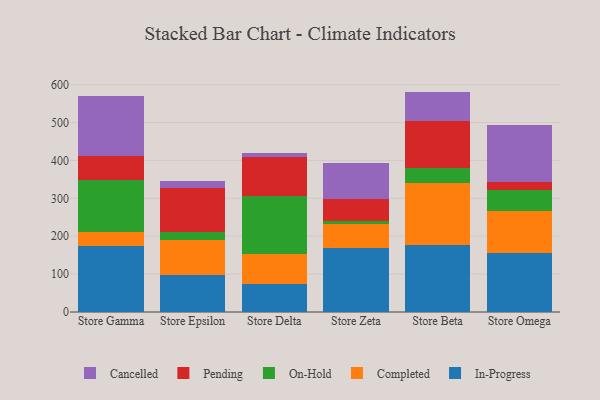
{"axis": {"x": "Store", "y": "Market Share (%)"}, "legend": ["Cancelled", "Completed", "In-Progress", "On-Hold", "Pending"], "data": [{"x": "Store Gamma", "y": 174.1, "type": "In-Progress"}, {"x": "Store Gamma", "y": 36.9, "type": "Completed"}, {"x": "Store Gamma", "y": 138.0, "type": "On-Hold"}, {"x": "Store Gamma", "y": 61.6, "type": "Pending"}, {"x": "Store Gamma", "y": 160.3, "type": "Cancelled"}, {"x": "Store Epsilon", "y": 96.6, "type": "In-Progress"}, {"x": "Store Epsilon", "y": 92.6, "type": "Completed"}, {"x": "Store Epsilon", "y": 20.9, "type": "On-Hold"}, {"x": "Store Epsilon", "y": 115.9, "type": "Pending"}, {"x": "Store Epsilon", "y": 19.0, "type": "Cancelled"}, {"x": "Store Delta", "y": 74.5, "type": "In-Progress"}, {"x": "Store Delta", "y": 78.0, "type": "Completed"}, {"x": "Store Delta", "y": 153.3, "type": "On-Hold"}, {"x": "Store Delta", "y": 103.5, "type": "Pending"}, {"x": "Store Delta", "y": 9.7, "type": "Cancelled"}, {"x": "Store Zeta", "y": 167.6, "type": "In-Progress"}, {"x": "Store Zeta", "y": 64.8, "type": "Completed"}, {"x": "Store Zeta", "y": 7.4, "type": "On-Hold"}, {"x": "Store Zeta", "y": 59.5, "type": "Pending"}, {"x": "Store Zeta", "y": 94.9, "type": "Cancelled"}, {"x": "Store Beta", "y": 176.1, "type": "In-Progress"}, {"x": "Store Beta", "y": 164.0, "type": "Completed"}, {"x": "Store Beta", "y": 38.6, "type": "On-Hold"}, {"x": "Store Beta", "y": 125.8, "type": "Pending"}, {"x": "Store Beta", "y": 77.1, "type": "Cancelled"}, {"x": "Store Omega", "y": 154.6, "type": "In-Progress"}, {"x": "Store Omega", "y": 112.6, "type": "Completed"}, {"x": "Store Omega", "y": 54.4, "type": "On-Hold"}, {"x": "Store Omega", "y": 20.5, "type": "Pending"}, {"x": "Store Omega", "y": 152.0, "type": "Cancelled"}]}